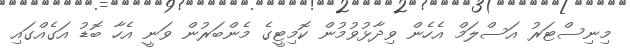
މިނިސްޓަރު އަސްލަމް އެހެން ވިދާޅުވުމުން ކޮމިޓީގެ މެންބަރުން ވަނީ އެހާ ބޮޑު އަގެއްގައި